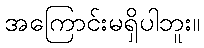
အကြောင်းမရှိပါဘူး။